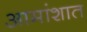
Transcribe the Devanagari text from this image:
आमांशात